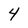
Character: 4